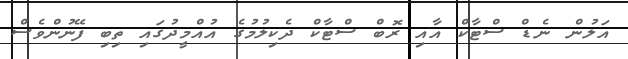
އަލުން ނެޑް ސްޓާކް އާއި ރޮބް ސްޓާކް ދެކިލުމުގެ އުއްމީދުގައި ތިބި ފޭނުންވެސް